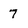
Character: 7